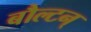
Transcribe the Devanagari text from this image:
बौल्‍टन्‌